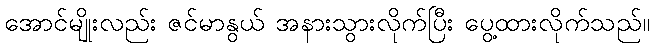
အောင်မျိုးလည်း ဇင်မာနွယ် အနားသွားလိုက်ပြီး ပွေ့ထားလိုက်သည်။